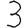
Digit: 3